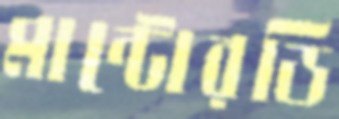
মান্টোরডি